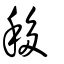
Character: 移